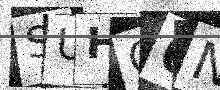
Text: SUHO6N